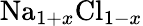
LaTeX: \mathrm{Na}_{1+x}\mathrm{Cl}_{1-x}